Madras plague regulations in force outside the Presidency town - Volume 1
Disease focus: Plague
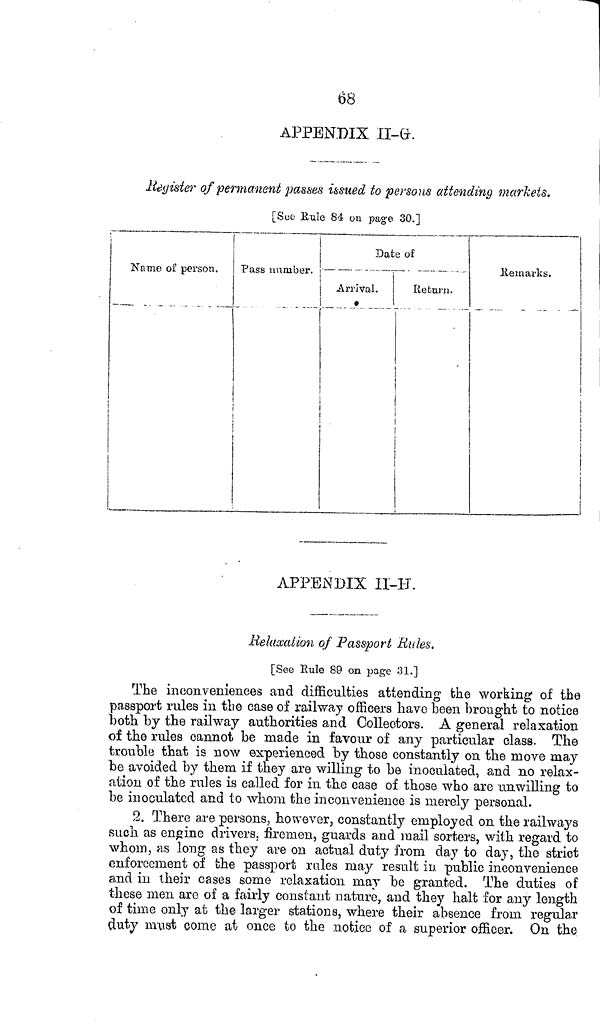
68
APPENDIX II-GK
lictyisiw of permanent passes issued to persons attending markets.
[Sue Kule 84 ou page 30.]
Date of
ÜSTnme oi' person.
Pass number.
Arrival.
•
1
Return.
Remarks.
APPENDIX II-H.
Relaxation of Passport Rules.
[See Rule 89 on page 31.]
The inconveniences and difficulties attending the working of the
passport rules in the case of railway officers have been brought to notice
both by the railway authorities and Collectors. A general relaxation
of the rules cannot be made in favour of any particular class. The
trouble that is now experienced by those constantly on the move may
be avoided by them if they are willing to be inoculated, and no relax-
ation of the rules is called for in the case of those who are unwilling to
be inoculated and to whom the inconvenience is merely personal.
2. There are persons, however, constantly employed on the railways
such as engine drivers, firemen, guards and mail sorters, with regard to
whom, as long as they are on actual duty from day to day, tho strict
enforcement of the passport rales may result in public inconvenience
and in their cases some relaxation may be granted. The duties of
these men are of a fairly constant nature, and they halt for any length
of time only at the larger stations, where their absence from regular
duty must come at once to the notice of a superior officer. On the